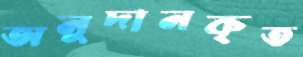
অনুদানকৃত